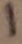
Text: 1